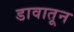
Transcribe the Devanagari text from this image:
डावातून